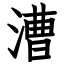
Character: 漕